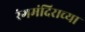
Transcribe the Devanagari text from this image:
रंगमंदिराच्या